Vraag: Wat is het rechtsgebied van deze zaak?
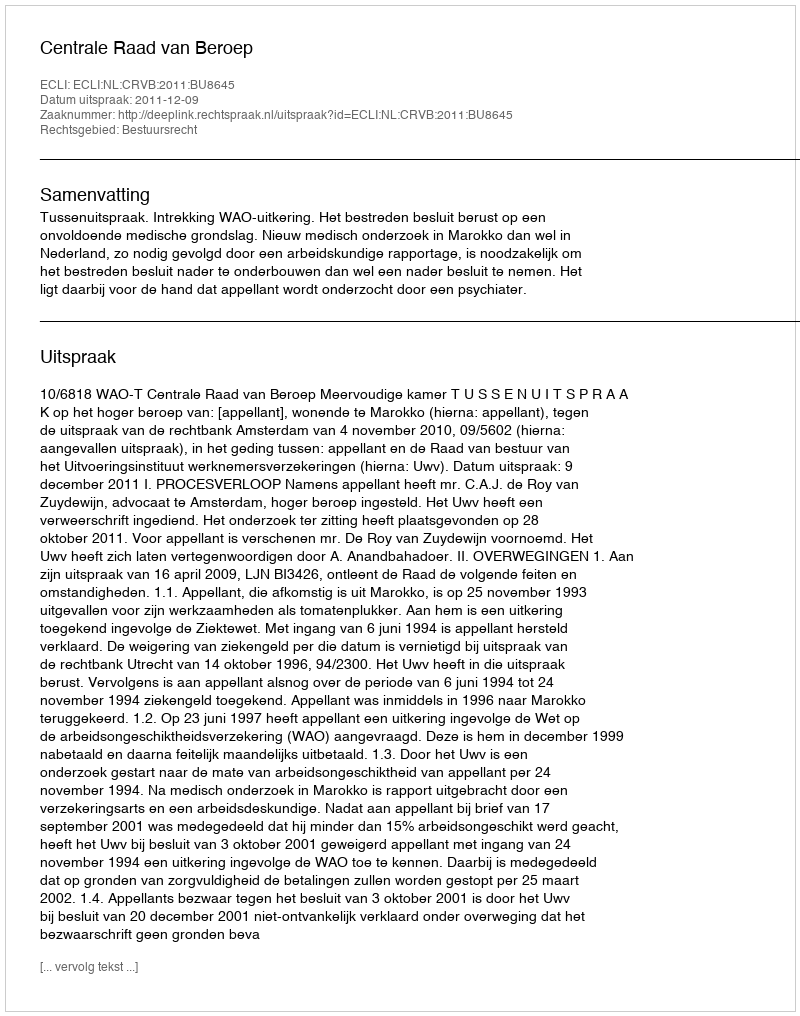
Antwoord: Bestuursrecht